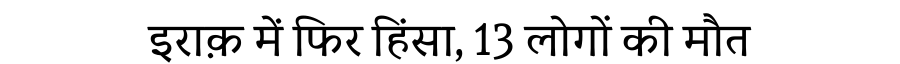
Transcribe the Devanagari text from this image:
इराक़ में फिर हिंसा, 13 लोगों की मौत